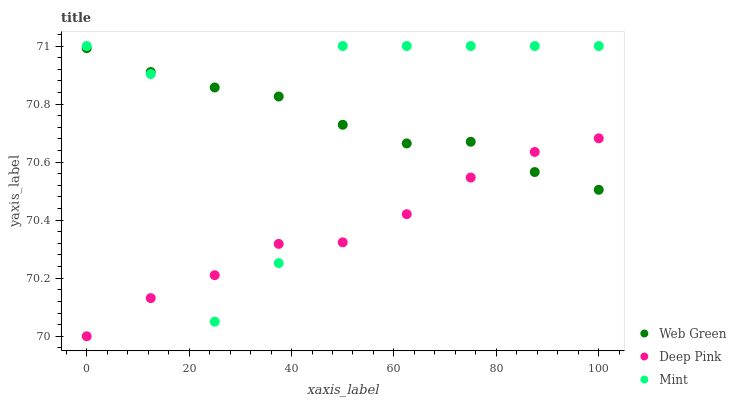
| xaxis_label | Web Green | Deep Pink | Mint |
 | --- | --- | --- | --- |
 | 0 | 71 | 70 | 71 |
 | 12.5 | 70.9 | 70.1 | 70.9 |
 | 25 | 70.9 | 70.2 | 70.1 |
 | 37.5 | 70.8 | 70.3 | 70.3 |
 | 50 | 70.7 | 70.3 | 71 |
 | 62.5 | 70.7 | 70.4 | 71 |
 | 75 | 70.7 | 70.5 | 71 |
 | 87.5 | 70.6 | 70.6 | 71 |
 | 100 | 70.5 | 70.7 | 71 |